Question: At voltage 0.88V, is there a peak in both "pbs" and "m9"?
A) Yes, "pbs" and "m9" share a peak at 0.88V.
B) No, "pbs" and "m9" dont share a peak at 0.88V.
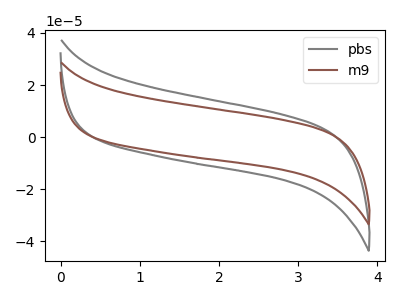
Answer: <think>The gray curve "pbs" has no peaks. The brown curve "m9" has no peaks.</think>
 <answer>B) No, "pbs" and "m9" dont share a peak at 0.88V.</answer>
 <eval>B</eval>